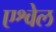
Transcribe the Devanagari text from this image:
एश्वेल